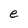
Character: e